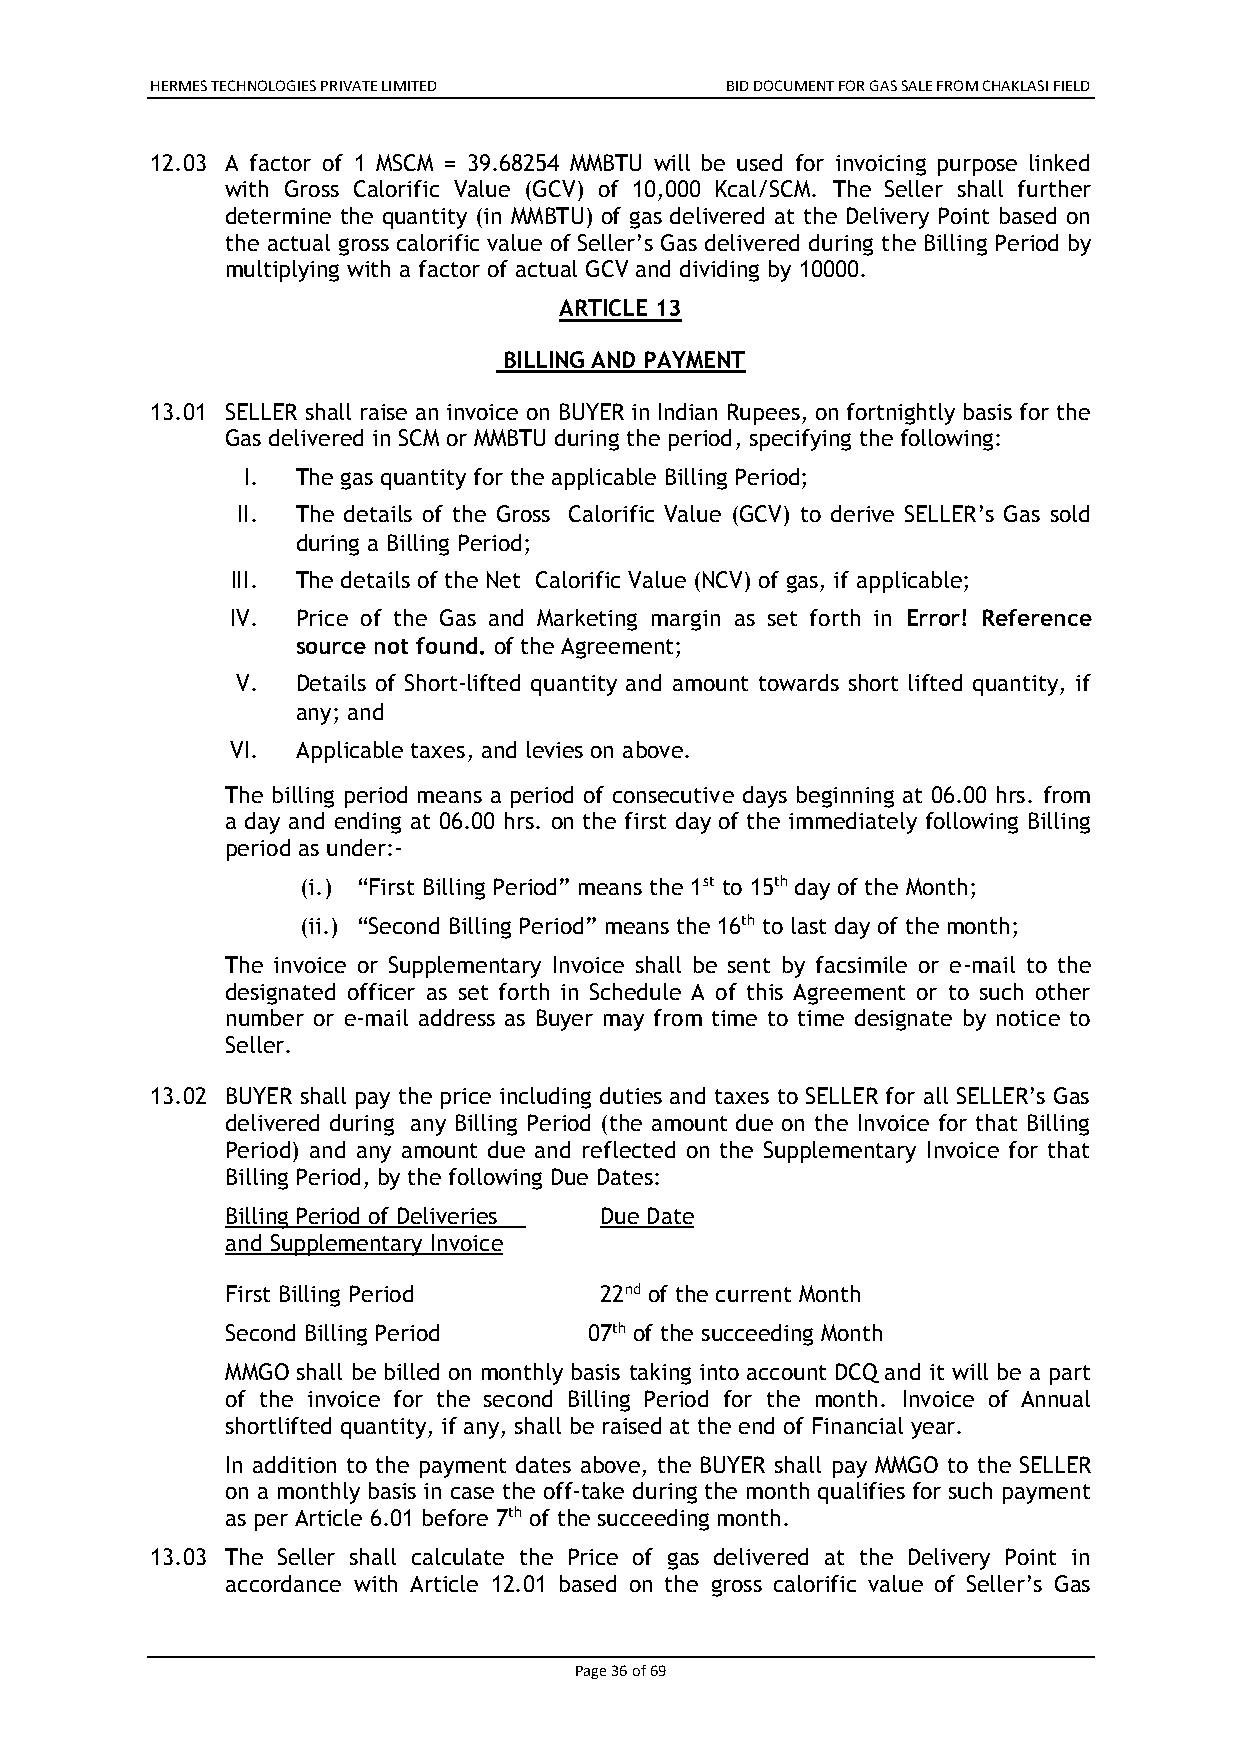
HERMES TECHNOLOGIES PRIVATE LIMITED   BID DOCUMENT FOR GAS SALE FROM CHAKLASI FIELD
 12.03 A factor of 1 MSCM = 39.68254 MMBTU will be used for invoicing purpose linked
 with Gross Calorific Value (GCV) of 10,000 Kcal/SCM. The Seller shall further
 determine the quantity (in MMBTU) of gas delivered at the Delivery Point based on
 the actual gross calorific value of Seller’s Gas delivered during the Billing Period by
 multiplying with a factor of actual GCV and dividing by 10000.
 ARTICLE 13
 BILLING AND PAYMENT
 13.01 SELLER shall raise an invoice on BUYER in Indian Rupees, on fortnightly basis for the
 Gas delivered in SCM or MMBTU during the period, specifying the following:
 I.  The gas quantity for the applicable Billing Period;
 II. The details of the Gross Calorific Value (GCV) to derive SELLER’s Gas sold
 during a Billing Period;
 III. The details of the Net Calorific Value (NCV) of gas, if applicable;
 IV.  Price of the Gas and Marketing margin as set forth in Error! Reference
 source not found. of the Agreement;
 V.  Details of Short-lifted quantity and amount towards short lifted quantity, if
 any; and
 VI.  Applicable taxes, and levies on above.
 The billing period means a period of consecutive days beginning at 06.00 hrs. from
 a day and ending at 06.00 hrs. on the first day of the immediately following Billing
 period as under:-
 (i.) “First Billing Period” means the 1st to 15th day of the Month;
 (ii.) “Second Billing Period” means the 16th to last day of the month;
 The invoice or Supplementary Invoice shall be sent by facsimile or e-mail to the
 designated officer as set forth in Schedule A of this Agreement or to such other
 number or e-mail address as Buyer may from time to time designate by notice to
 Seller.
 13.02 BUYER shall pay the price including duties and taxes to SELLER for all SELLER’s Gas
 delivered during any Billing Period (the amount due on the Invoice for that Billing
 Period) and any amount due and reflected on the Supplementary Invoice for that
 Billing Period, by the following Due Dates:
 Billing Period of Deliveries Due Date
 and Supplementary Invoice
 First Billing Period     22nd of the current Month
 Second Billing Period   07th of the succeeding Month
 MMGO shall be billed on monthly basis taking into account DCQ and it will be a part
 of the invoice for the second Billing Period for the month. Invoice of Annual
 shortlifted quantity, if any, shall be raised at the end of Financial year.
 In addition to the payment dates above, the BUYER shall pay MMGO to the SELLER
 on a monthly basis in case the off-take during the month qualifies for such payment
 as per Article 6.01 before 7th of the succeeding month.
 13.03 The Seller shall calculate the Price of gas delivered at the Delivery Point in
 accordance with Article 12.01 based on the gross calorific value of Seller’s Gas
 Page 36 of 69